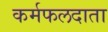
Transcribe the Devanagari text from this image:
कर्मफलदाता